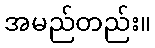
အမည်တည်း။